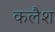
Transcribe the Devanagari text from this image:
कलैश